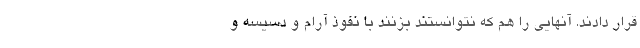
قرار دادند. آنهایی را هم که نتوانستند بزنند با نفوذ آرام و دسیسه و